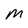
Character: M